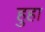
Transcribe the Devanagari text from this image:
हुहा